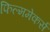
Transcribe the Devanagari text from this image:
फिल्ममेकर्स